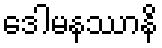
ဒေါမနဿာနိ